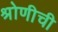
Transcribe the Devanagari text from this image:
श्रोणीची